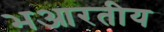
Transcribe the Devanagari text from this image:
भआरतीय